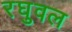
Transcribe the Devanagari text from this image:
रघुवल